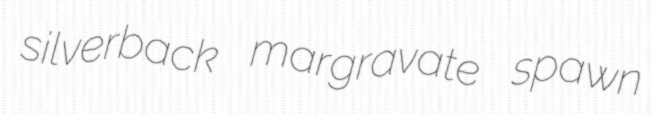
silverback margravate spawn